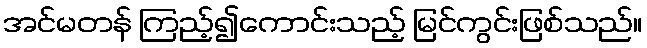
အင်မတန် ကြည့်၍ကောင်းသည့် မြင်ကွင်းဖြစ်သည်။